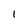
Character: l